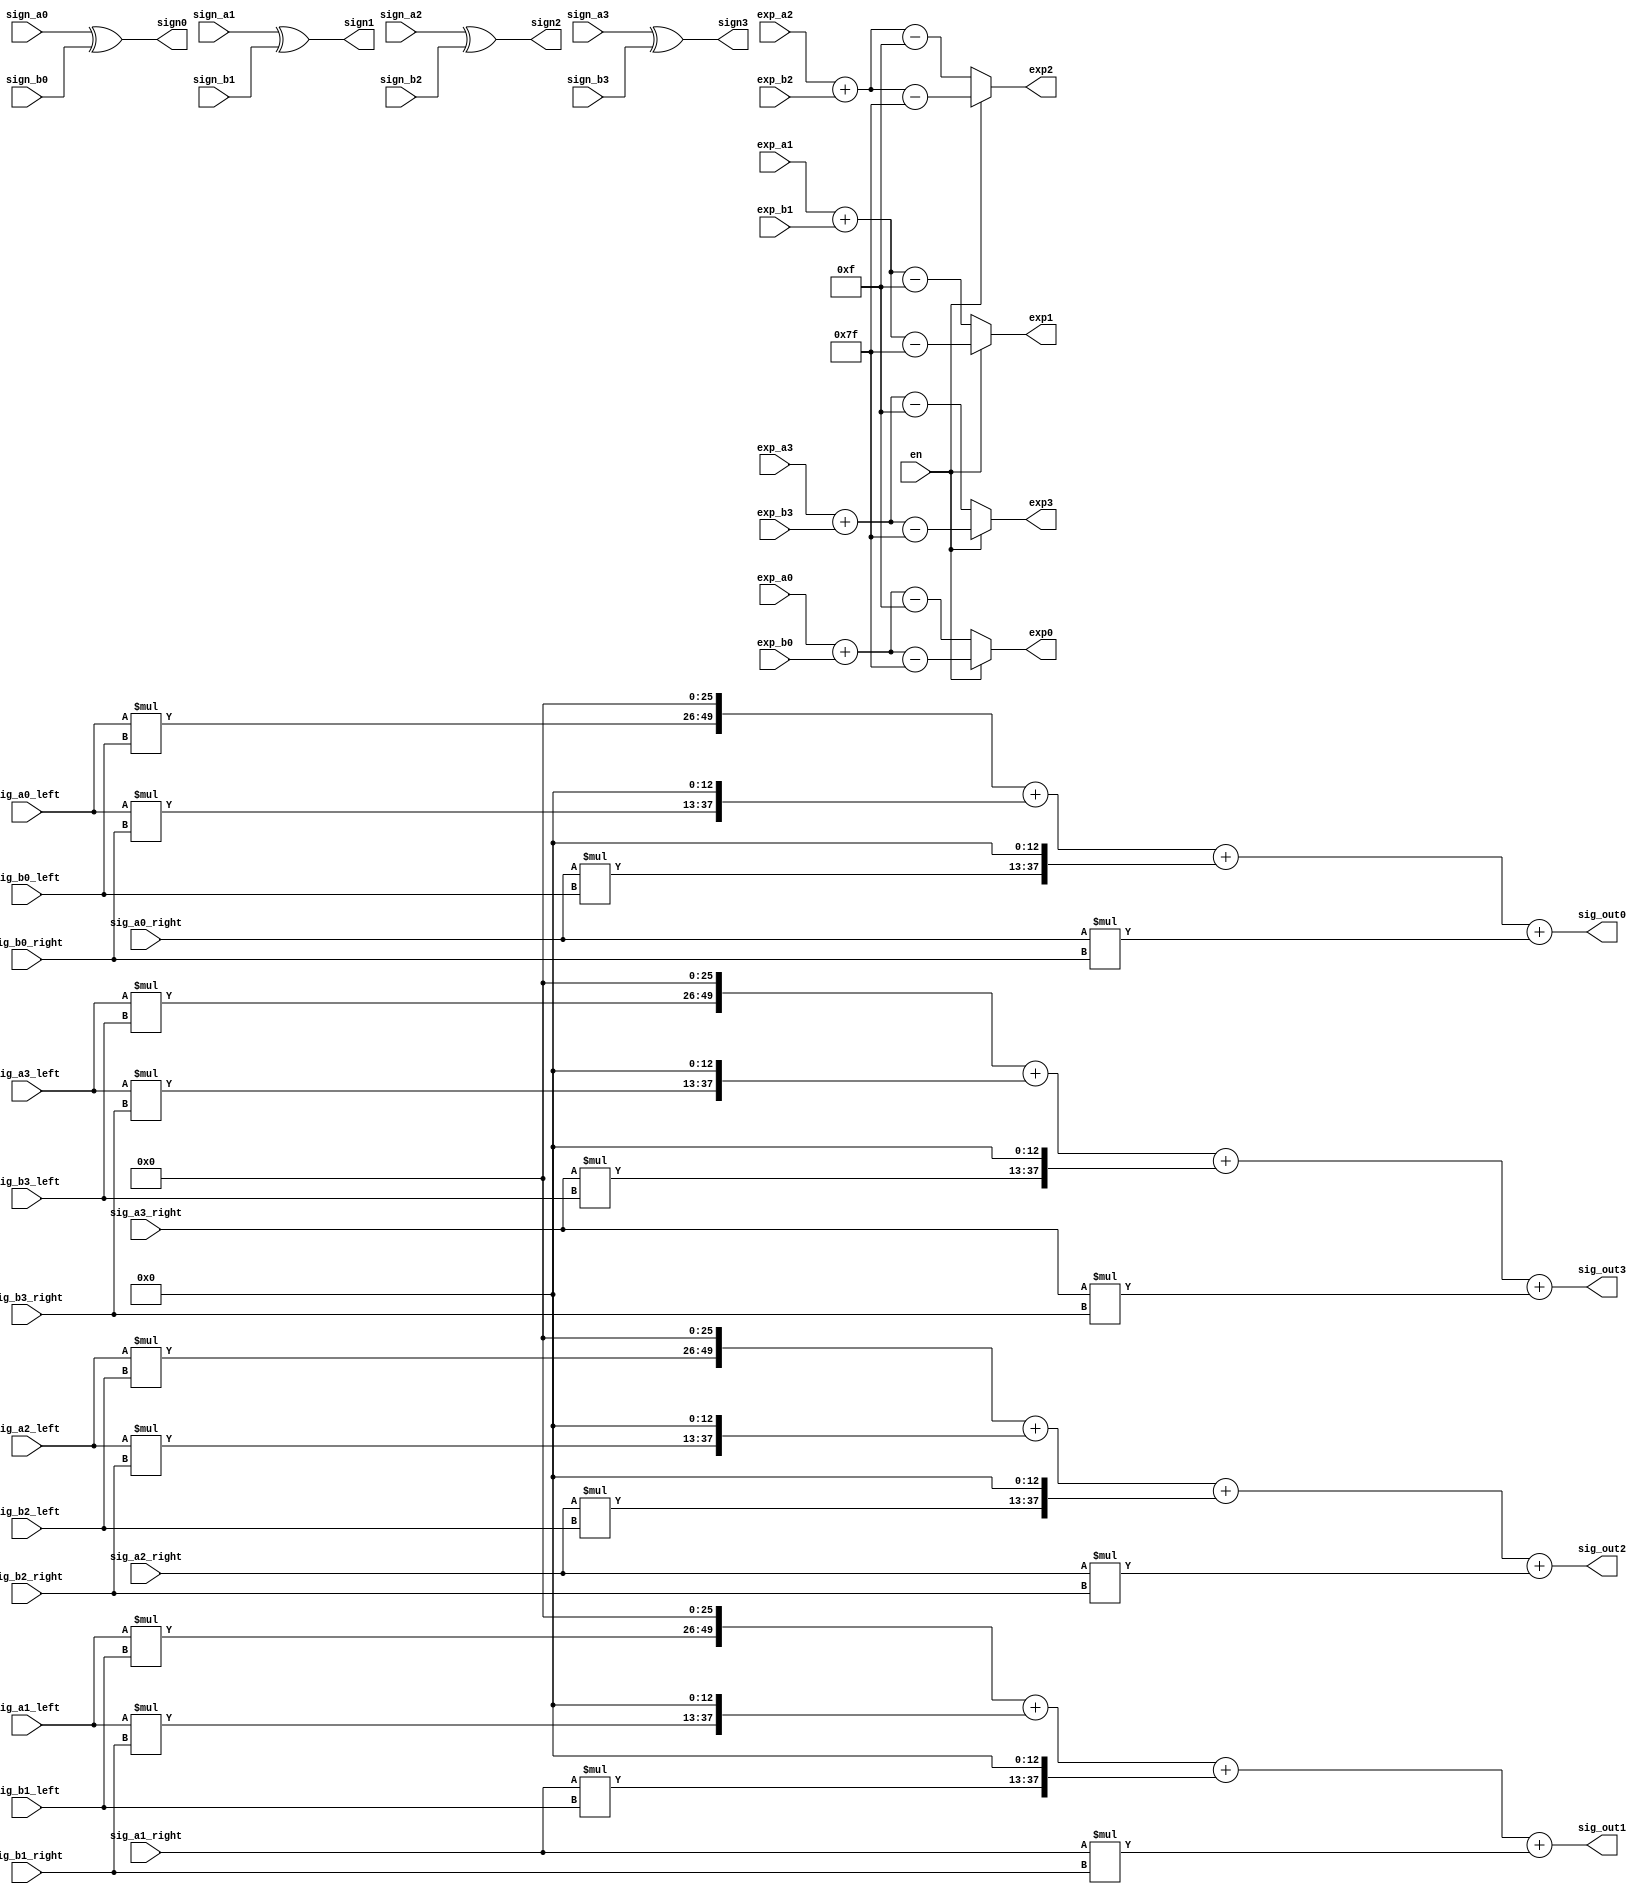
module multiply (en, sign_a0,
 sign_a1, sign_a2, sign_a3, sign_b0, sign_b1, sign_b2, sign_b3,
 exp_a0, exp_a1, exp_a2, exp_a3, exp_b0, exp_b1, exp_b2, exp_b3,
 sig_a0_left, sig_a1_left, sig_a2_left, sig_a3_left, sig_b0_left, sig_b1_left, sig_b2_left, sig_b3_left,
 sig_a0_right, sig_a1_right, sig_a2_right, sig_a3_right, sig_b0_right, sig_b1_right, sig_b2_right, sig_b3_right,
 sign0, sign1, sign2, sign3,
 exp0, exp1, exp2, exp3,
 sig_out0, sig_out1, sig_out2, sig_out3);

    input en;
    input sign_a0, sign_a1, sign_a2, sign_a3, sign_b0, sign_b1, sign_b2, sign_b3;
    input [7:0]exp_a0, exp_a1, exp_a2, exp_a3, exp_b0, exp_b1, exp_b2, exp_b3;
    input [11:0]sig_a0_left, sig_a1_left, sig_a2_left, sig_a3_left, sig_b0_left, sig_b1_left, sig_b2_left, sig_b3_left;
    input [12:0]sig_a0_right, sig_a1_right, sig_a2_right, sig_a3_right, sig_b0_right, sig_b1_right, sig_b2_right, sig_b3_right;
    output sign0, sign1, sign2, sign3;
    output [7:0]exp0, exp1, exp2, exp3;
    output reg [49:0]sig_out0, sig_out1, sig_out2, sig_out3;


    reg [23:0]sig_left_left0, sig_left_left1, sig_left_left2, sig_left_left3;
    reg [24:0]sig_left_right0, sig_left_right1, sig_left_right2, sig_left_right3;
    reg [24:0]sig_right_left0, sig_right_left1, sig_right_left2, sig_right_left3;
    reg [25:0]sig_right_right0, sig_right_right1, sig_right_right2, sig_right_right3;

    assign sign0 = sign_a0 ^ sign_b0;
    assign sign1 = sign_a1 ^ sign_b1;
    assign sign2 = sign_a2 ^ sign_b2;
    assign sign3 = sign_a3 ^ sign_b3;
    assign exp0 = (en)? exp_a0 + exp_b0 - 7'd127 : exp_a0 + exp_b0 - 7'd15;
    assign exp1 = (en)? exp_a1 + exp_b1 - 7'd127 : exp_a1 + exp_b1 - 7'd15;
    assign exp2 = (en)? exp_a2 + exp_b2 - 7'd127 : exp_a2 + exp_b2 - 7'd15;
    assign exp3 = (en)? exp_a3 + exp_b3 - 7'd127 : exp_a3 + exp_b3 - 7'd15;

    always @(sig_a0_left, sig_b0_left) begin
        sig_left_left0 = sig_a0_left * sig_b0_left;      //Q4.46
        sig_left_left1 = sig_a1_left * sig_b1_left;
        sig_left_left2 = sig_a2_left * sig_b2_left;
        sig_left_left3 = sig_a3_left * sig_b3_left;
    end

    always @(*) begin
            sig_left_right0 = sig_a0_left * sig_b0_right;
            sig_left_right1 = sig_a1_left * sig_b1_right;
            sig_left_right2 = sig_a2_left * sig_b2_right;
            sig_left_right3 = sig_a3_left * sig_b3_right;

            sig_right_left0 = sig_a0_right * sig_b0_left;
            sig_right_left1 = sig_a1_right * sig_b1_left;
            sig_right_left2 = sig_a2_right * sig_b2_left;
            sig_right_left3 = sig_a3_right * sig_b3_left;  

            sig_right_right0 = sig_a0_right * sig_b0_right;
            sig_right_right1 = sig_a1_right * sig_b1_right;
            sig_right_right2 = sig_a2_right * sig_b2_right;
            sig_right_right3 = sig_a3_right * sig_b3_right;
    end

    always @(*) begin
            sig_out0 = {sig_left_left0, 26'b0} + {sig_left_right0, 13'b0} + {sig_right_left0, 13'b0} + {24'b0, sig_right_right0};
            sig_out1 = {sig_left_left1, 26'b0} + {sig_left_right1, 13'b0} + {sig_right_left1, 13'b0} + {24'b0, sig_right_right1};
            sig_out2 = {sig_left_left2, 26'b0} + {sig_left_right2, 13'b0} + {sig_right_left2, 13'b0} + {24'b0, sig_right_right2};
            sig_out3 = {sig_left_left3, 26'b0} + {sig_left_right3, 13'b0} + {sig_right_left3, 13'b0} + {24'b0, sig_right_right3};
    end
endmodule